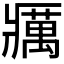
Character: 𰤅